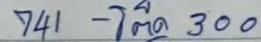
741 - โต๊ด  300